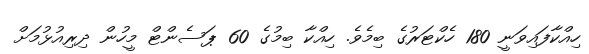
ހިއްކާފައިވަނީ 180 ހެކްޓަރުގެ ބިމެވެ. ހިއްކާ ބިމުގެ 60 ޕަސެންޓް މީހުން ދިރިއުޅުމަށް